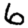
Digit: 6